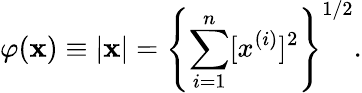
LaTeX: \varphi(\mathbf{x})\equiv|\mathbf{x}|=\left\{ \sum_{i=1}^{n}[x^{(i)}]^{2}\right\} ^{1/2}.